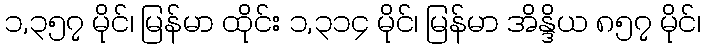
၁,၃၅၇ မိုင်၊ မြန်မာ ထိုင်း ၁,၃၁၄ မိုင်၊ မြန်မာ အိန္ဒိယ ၈၅၇ မိုင်၊